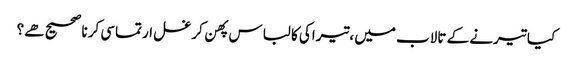
﻿ کیا تیرنے کے تالاب میں ،تیراکی کا لباس پهن کر غسل ارتماسی کرنا صحیح هے؟